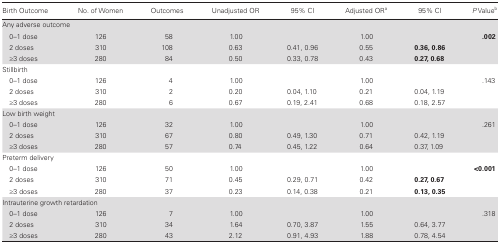
| Birth Outcome | No. of Women | Outcomes | Unadjusted OR | 95% CI | Adjusted ORa | 95% CI | P Valueb |
 | --- | --- | --- | --- | --- | --- | --- | --- |
 | <COLSPAN=8> Any adverse outcome |
 | 0–1 dose | 126 | 58 | 1.00 |  | 1.00 |  | .002 |
 | 2 doses | 310 | 108 | 0.63 | 0.41, 0.96 | 0.55 | 0.36, 0.86 |  |
 | ≥3 doses | 280 | 84 | 0.50 | 0.33, 0.78 | 0.43 | 0.27, 0.68 |  |
 | <COLSPAN=8> Stillbirth |
 | 0–1 dose | 126 | 4 | 1.00 |  | 1.00 |  | .143 |
 | 2 doses | 310 | 2 | 0.20 | 0.04, 1.10 | 0.21 | 0.04, 1.19 |  |
 | ≥3 doses | 280 | 6 | 0.67 | 0.19, 2.41 | 0.68 | 0.18, 2.57 |  |
 | <COLSPAN=8> Low birth weight |
 | 0–1 dose | 126 | 32 | 1.00 |  | 1.00 |  | .261 |
 | 2 doses | 310 | 67 | 0.80 | 0.49, 1.30 | 0.71 | 0.42, 1.19 |  |
 | ≥3 doses | 280 | 57 | 0.74 | 0.45, 1.22 | 0.64 | 0.37, 1.09 |  |
 | <COLSPAN=8> Preterm delivery |
 | 0–1 dose | 126 | 50 | 1.00 |  | 1.00 |  | <0.001 |
 | 2 doses | 310 | 71 | 0.45 | 0.29, 0.71 | 0.42 | 0.27, 0.67 |  |
 | ≥3 doses | 280 | 37 | 0.23 | 0.14, 0.38 | 0.21 | 0.13, 0.35 |  |
 | <COLSPAN=8> Intrauterine growth retardation |
 | 0–1 dose | 126 | 7 | 1.00 |  | 1.00 |  | .318 |
 | 2 doses | 310 | 34 | 1.64 | 0.70, 3.87 | 1.55 | 0.64, 3.77 |  |
 | ≥3 doses | 280 | 43 | 2.12 | 0.91, 4.93 | 1.88 | 0.78, 4.54 |  |